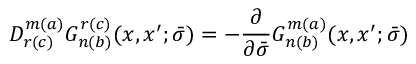
D _ { r ( c ) } ^ { m ( a ) } G _ { n ( b ) } ^ { r ( c ) } ( x , x ^ { \prime } ; \bar { \sigma } ) = - \frac { \partial } { \partial \bar { \sigma } } G _ { n ( b ) } ^ { m ( a ) } ( x , x ^ { \prime } ; \bar { \sigma } )